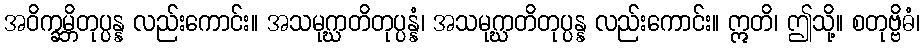
အဝိက္ခမ္ဘိတုပ္ပန္န လည်းကောင်း။ အသမုဂ္ဃာတိတုပ္ပန္နံ၊ အသမုဂ္ဃာတိတုပ္ပန္န လည်းကောင်း။ ဣတိ၊ ဤသို့။ စတုဗ္ဗိဓံ၊